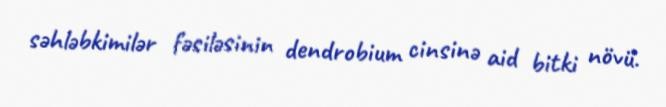
səhləbkimilər fəsiləsinin dendrobium cinsinə aid bitki növü.